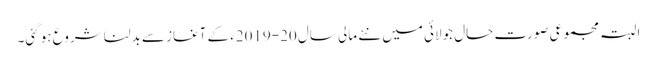
البتہ مجموعی صورت حال جولائی میں نئے مالی سال ‏2019-20ء‎ کے آغاز سے بدلنا شروع ہو گئی۔